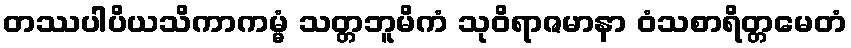
တဿပါပိယသိကာကမ္မံ သတ္တဘူမိကံ သုဝိရာဇမာနာ ဝံသစာရိတ္တမေတံ